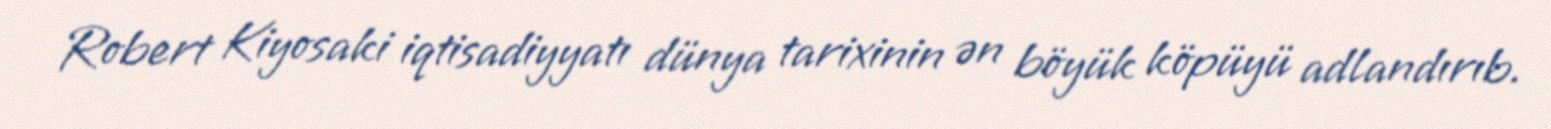
Robert Kiyosaki iqtisadiyyatı dünya tarixinin ən böyük köpüyü adlandırıb.